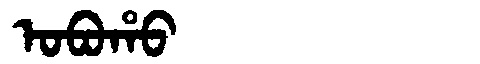
Manchu: ᠣᠪᠣᡥᠣ
Romanization: OBOHO